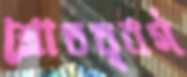
শ্রোততৃবর্গ